Venemaal_asunud_Eesti_seltside_dokumendid, lk 6
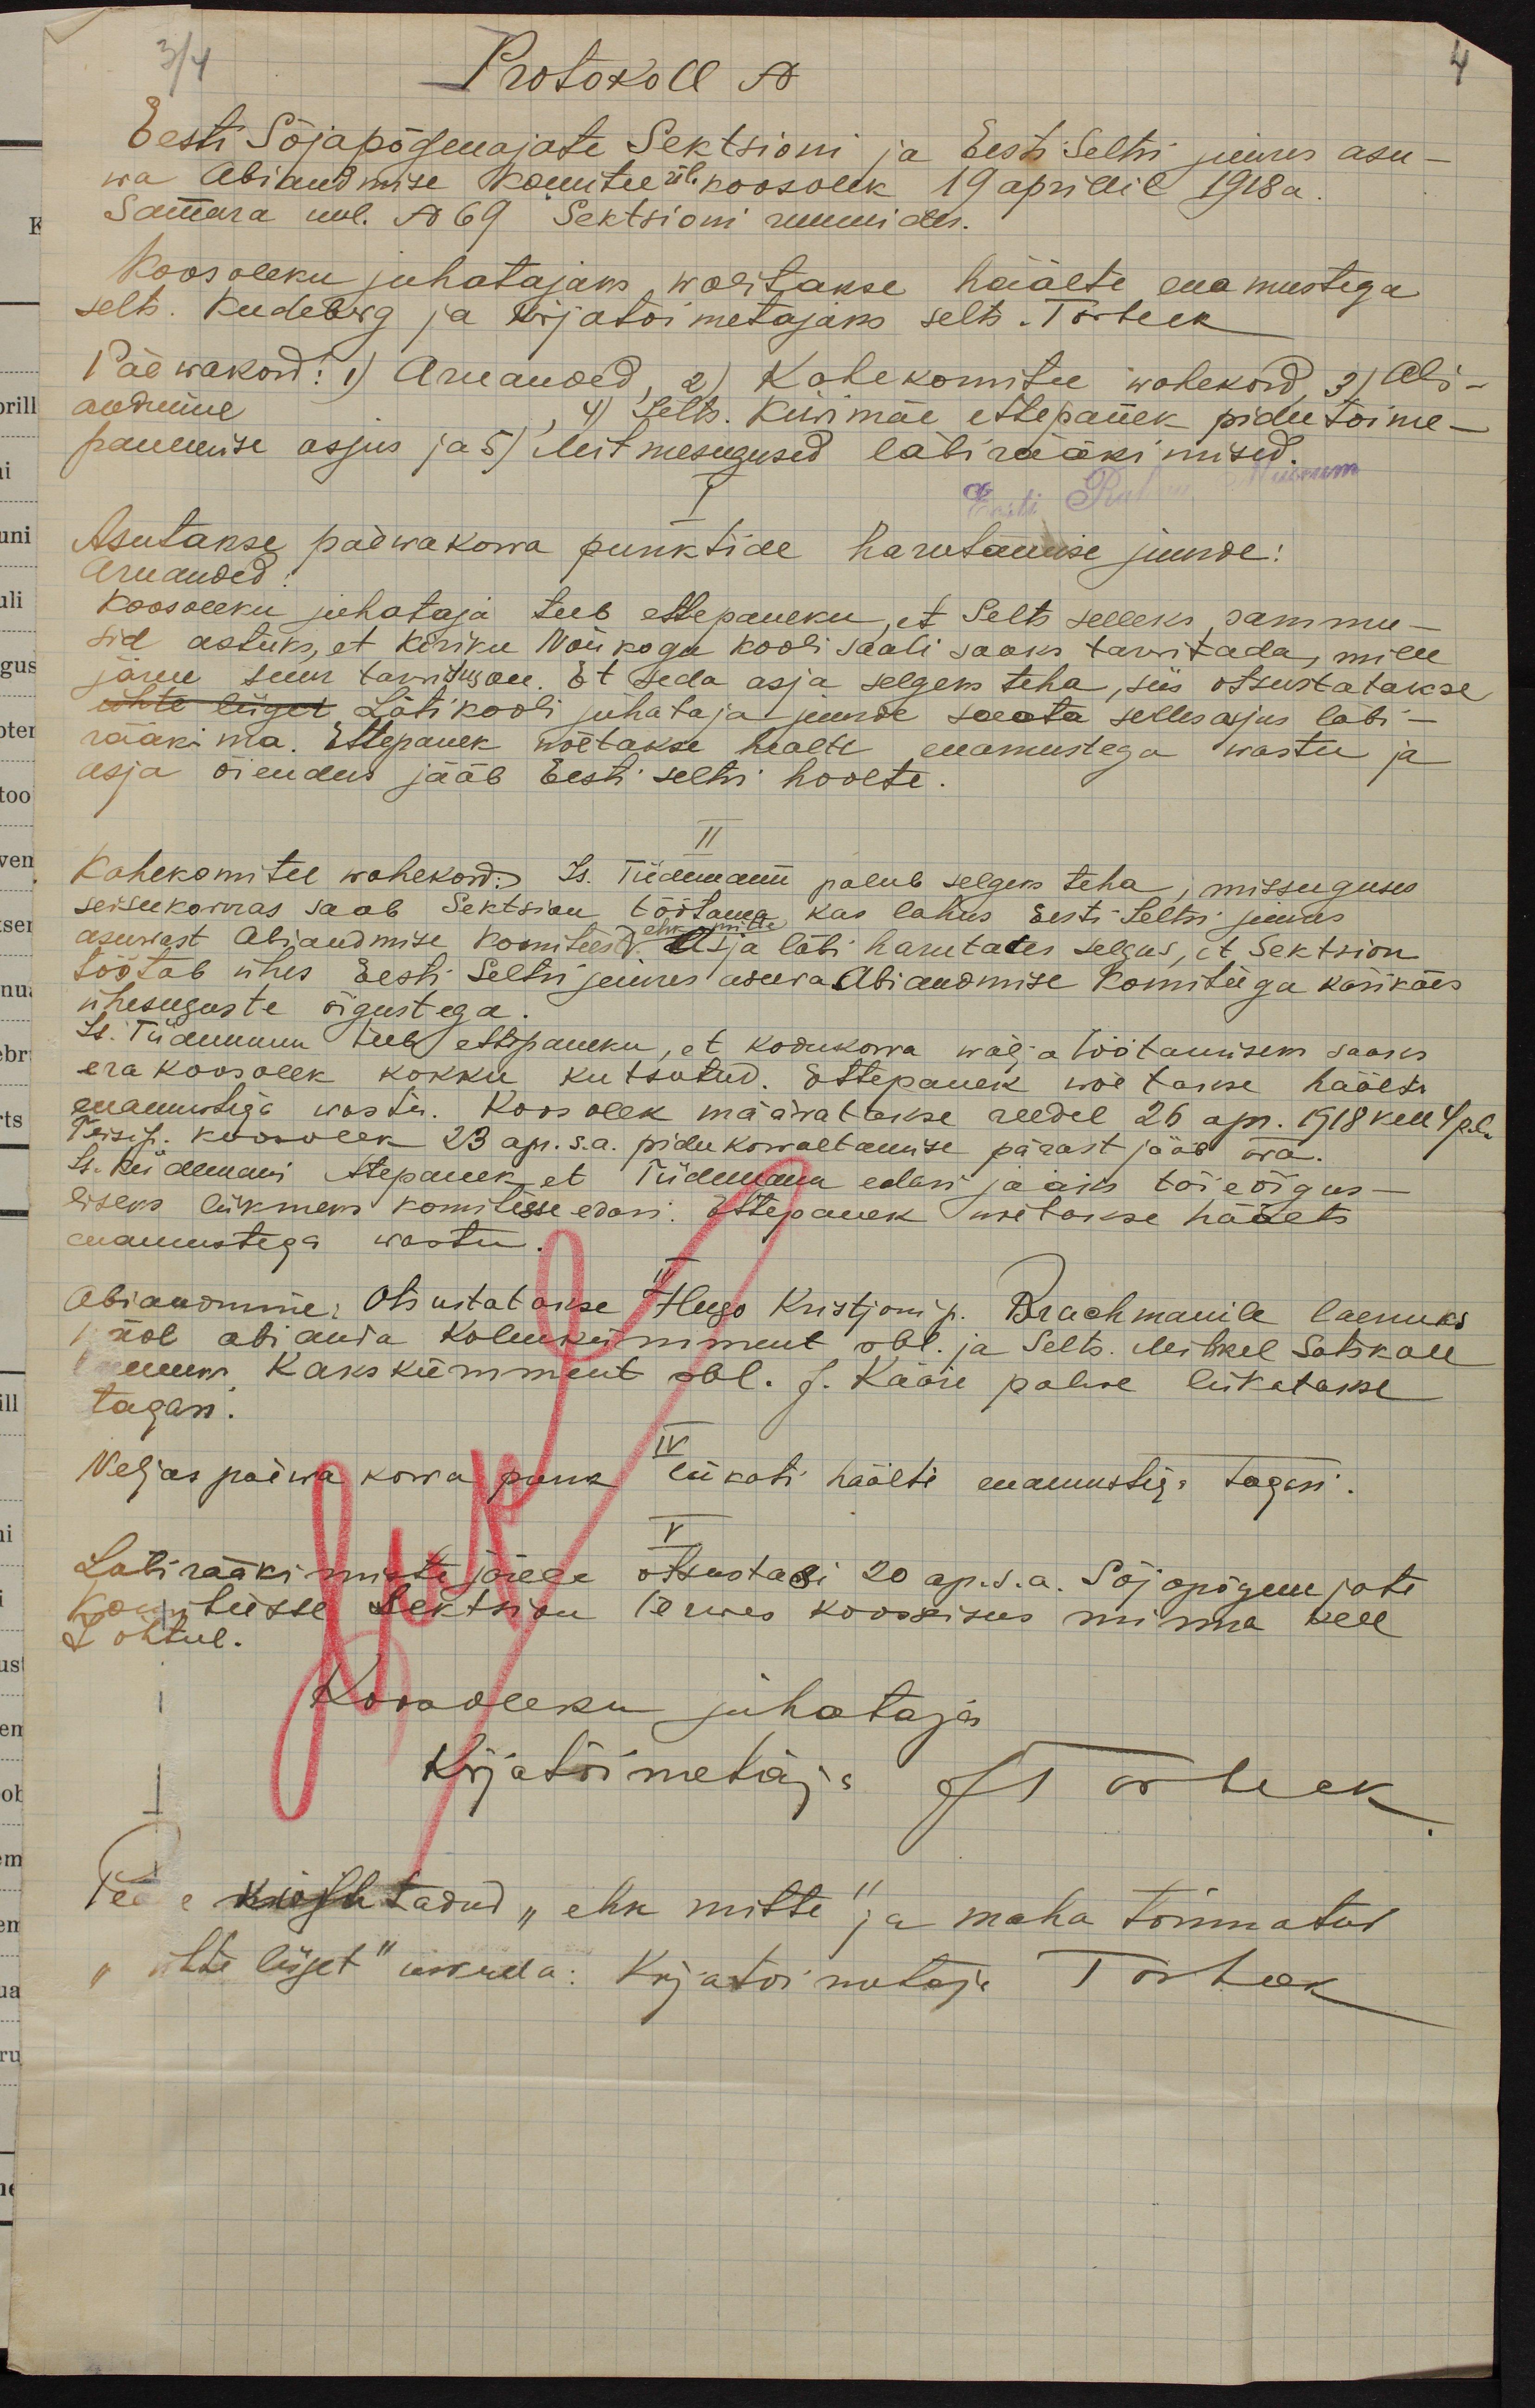
3/4
Protokoll N
Eesti Sõjapõgenajate Sektsioni ja Eesti Seltsi juures asu-
wa abiandmise komitee üli koosolek 19 aprillil 1918 a.
Samara uul. N 69 Sektsioni ruumides.
Koos oleku juhatajaks walitakse häälte enamustega
selts. Kudeberg ja kirjatoimetajaks selts. Torbeck
Päewakord: 1) Aruanded, 2) Kahe komitee wahekord, 3) Abi-
andmine
4) Selts. Kivimäe ettepanek pidu toime-
panemise asjus ja 5) Mitmesugused läbirääkimised.
I
Asutakse päewakorra punktide harutamise juurde:
Aruanded:
Koosoleku juhataja teeb ettepaneku, et Selts selleks sammu-
sid astuks, et Kiriku Nõukogu kooli saali saaks tarvitada, mille
järele suur tarvidus ole. Et teda asja selgeks teha, siis otsustatakse
ühte liiget Läti kooli juhataja juurde saata selles asjas läbi-
rääkima. Ettepanek wõetakse healte enamustega wastu ja
asja õiendus jääb Eesti seltsi hoolte.
II
Kahekomitee wahekord: Is. Tiidermann palub selgeks teha, missuguses
seisukorras saab Sektsion töötama kas lahus Eesti Seltsi juures
asuwast Abiandmise komiteest ehk mitte asja läbi harutades selgus, et Sektsion
töötab ühes Eesti Seltsi juures asuva Abiandmise Komiteega käsikäes
ühesuguste õigustega.
Is. Tiidermann teeb ettepaneku, et kodukorra wälja töötamiseks saaks
era koosolek kokku kutsutud. Ettepanek wõetakse häälte
enamustega wastu. Koosolek määratakse reedel 26 apr. 1918 kell 4 p.l.
Teisip koosolek 23 apr. s.a. pidu korraltamise pärast jääb ära.
Ss. Kiidemani ettepanek, et Tiidermann edasi jääks täieõigus-
liseks liikmeks komitesse edasi. Ettepanek wõetakse häälte
enamustega wastu.
III
Abiandmine: Otsustatakse "Hugo Kristjani p. Brachmanile laenuks
1 ööb abi anda kolmkümment rub. ja Selts. Mihkel Satikale
puuw kakskümment rbl. J. Kaare palwe liitetakse
tagasi.
IV
Neljas päewa korra punk lükati häälti enamustega tagasi.
V.
Läbirääkimiste järge otsustadi 20 ap. s.a. Sõjapõgenejate
komiteesse sektsion terwes koosseisus minna kell
7 õhtul.
Koosoleku juhataja
Kirjatoimetaja JTorbeck.
"Vee-kirjutatud, "ehk mitte", ja maha tõmmatud
"õhtu liiget" uskuda: Kirjatoimetaja Torbeck